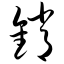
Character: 销